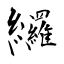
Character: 纙